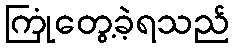
ကြုံတွေ့ခဲ့ရသည်